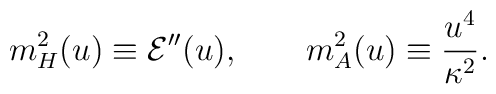
m_H^2(u)\equiv {\cal E}''(u),\qquad m_A^2(u) \equiv \frac{u^4}{\kappa^2}.